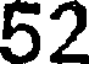
52